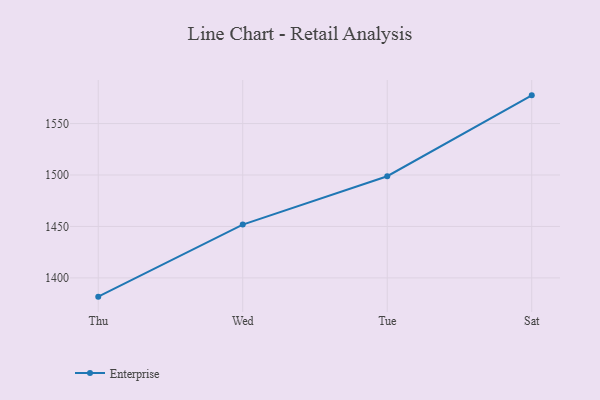
{"axis": {"x": "Day", "y": "Revenue (USD Million)"}, "legend": ["Enterprise"], "data": [{"x": "Thu", "y": 1381.8, "type": "Enterprise"}, {"x": "Wed", "y": 1451.8, "type": "Enterprise"}, {"x": "Tue", "y": 1498.8, "type": "Enterprise"}, {"x": "Sat", "y": 1577.4, "type": "Enterprise"}]}